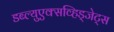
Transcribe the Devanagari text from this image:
डब्ल्युएक्सव्हिड्जेट्स